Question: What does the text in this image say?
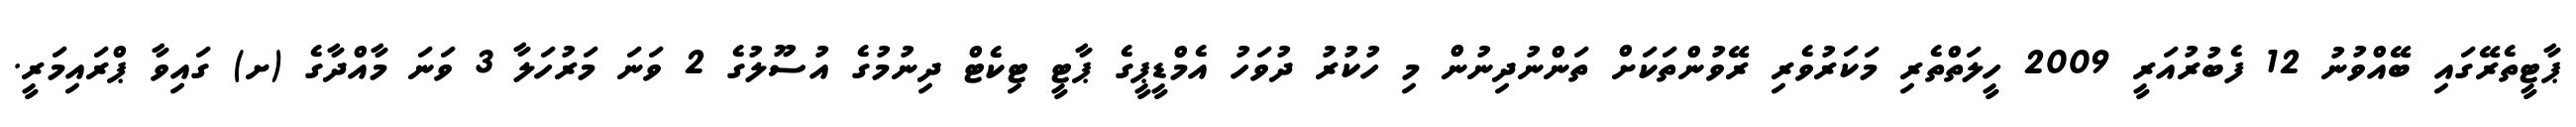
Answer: ޕާޓީތެރޭގައި ބޭއްވުނު 12 ފެބުރުއަރީ 2009 ހީލަތްތެރި މަކަރުވެރި ރޭވުންތަކަށް ތަންނުދިނުން މި ހުކުރު ދުވަހު އެމްޑީޕީގެ ޕާޓީ ޓިކެޓް ދިނުމުގެ އުސޫލުގެ 2 ވަނަ މަރުހަލާ 3 ވަނަ މާއްދާގެ (ށ) ގައިވާ ޕްރައިމަރީ.